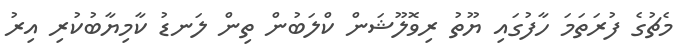
މެޗުގެ ފުރަތަމަ ހާފުގައި ޔޫތު ރިވޮލޫޝަން ކްލަބުން ތިން ލަނޑު ކާމިޔާބުކުރި އިރު